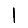
Digit: 1